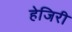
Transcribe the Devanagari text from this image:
हेजिरी